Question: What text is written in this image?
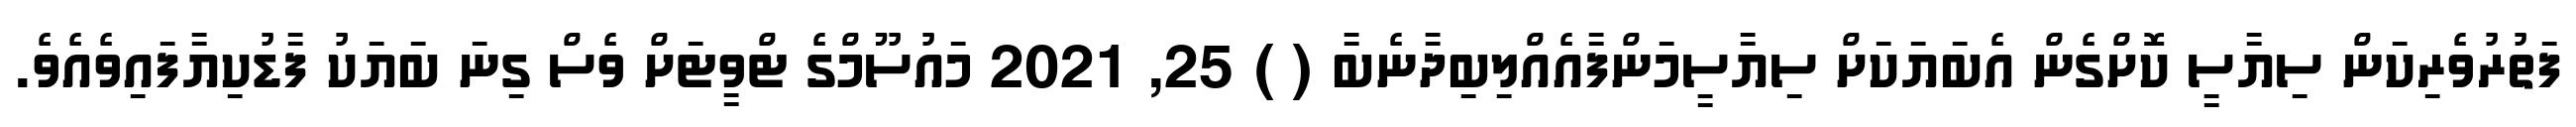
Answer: ފަތުރުވެރިކަން ސިޔާސީ ކޮށްގެން އެބަޔަކަށް ސިޔާސީމަންފާއެއްލިބިދާނެބާ ( ) 25, 2021 މައުސޫމްގެ ޓްވީޓަށް ވެސް ގިނަ ބަޔަކު ފާޑުކިޔާފައިވެއެވެ.